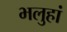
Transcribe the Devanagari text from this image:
भलुहां